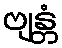
ဗျန္တံ